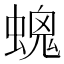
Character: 𧏩